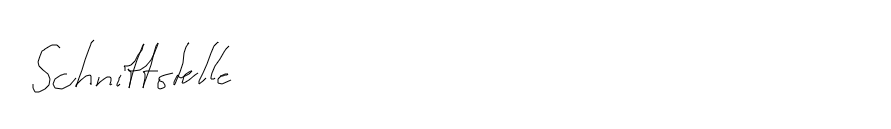
Schnittstelle